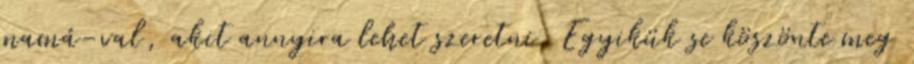
mamá-val, akit annyira lehet szeretni. Egyikük se köszönte meg